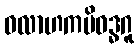
ဝလာဟကမိဝဒ္ဓဂူ